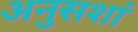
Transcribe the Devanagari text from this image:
अनुसशां